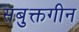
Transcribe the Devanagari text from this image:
सबुक्तगीन